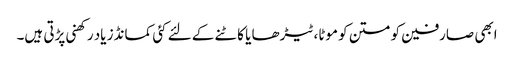
ابھی صارفین کو متن کو موٹا،ٹیڑھا یا کاٹنے کے لئے کئی کمانڈز یاد رکھنی پڑتی ہیں۔